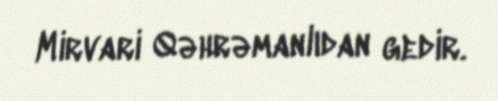
Mirvari Qəhrəmanlıdan gedir.